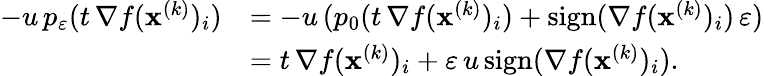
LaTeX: \begin{array}{rl}{-u\, p_{\varepsilon}(t\, \nabla f(\mathbf{x}^{(k)})_{i})}&{=-u\, (p_{0}(t\, \nabla f(\mathbf{x}^{(k)})_{i})+\mathrm{sign}(\nabla f(\mathbf{x}^{(k)})_{i})\, \varepsilon)}\\ &{=t\, \nabla f(\mathbf{x}^{(k)})_{i}+\varepsilon\, u\, \mathrm{sign}(\nabla f(\mathbf{x}^{(k)})_{i}).}\end{array}